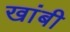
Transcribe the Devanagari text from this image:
खांबी